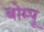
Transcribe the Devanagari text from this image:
बोम्पू